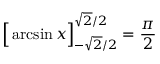
{ \Big [ } \arcsin x { \Big ] } _ { - { \sqrt { 2 } } / 2 } ^ { { \sqrt { 2 } } / 2 } = { \frac { \pi } { 2 } }